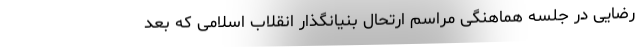
رضایی در جلسه هماهنگی مراسم ارتحال بنیانگذار انقلاب اسلامی که بعد